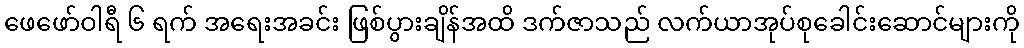
ဖေဖော်ဝါရီ ၆ ရက် အရေးအခင်း ဖြစ်ပွားချိန်အထိ ဒက်ဇာသည် လက်ယာအုပ်စုခေါင်းဆောင်များကို